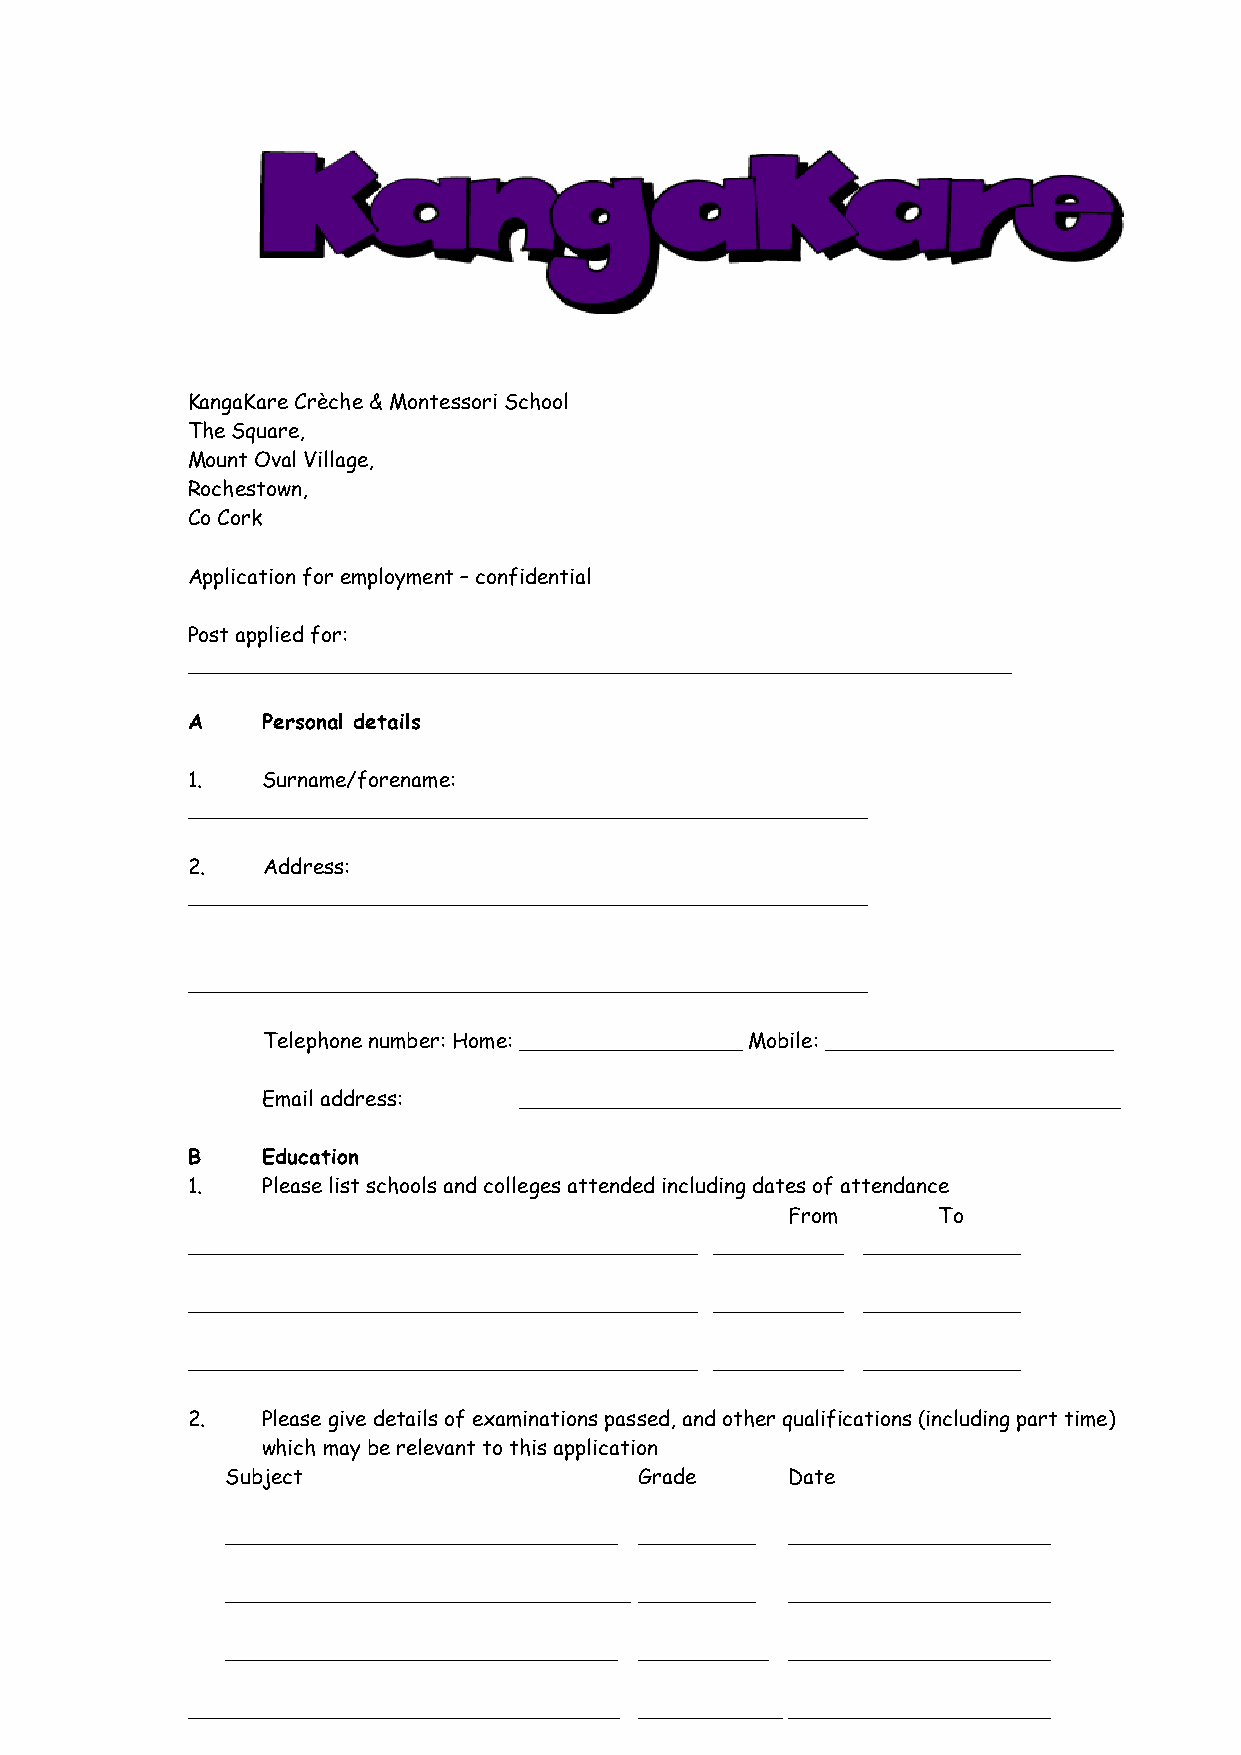
KangaKare Crèche & Montessori School
 The Square,
 Mount Oval Village,
 Rochestown,
 Co Cork
 Application for employment – confidential
 Post applied for:
 _______________________________________________________________
 A    Personal details
 1.   Surname/forename:
 ____________________________________________________
 2.   Address:
 ____________________________________________________
 ____________________________________________________
 Telephone number: Home: _________________ Mobile: ______________________
 Email address:   ______________________________________________
 B    Education
 1.   Please list schools and colleges attended including dates of attendance
 From      To
 _______________________________________ __________ ____________
 _______________________________________ __________ ____________
 _______________________________________ __________ ____________
 2.   Please give details of examinations passed, and other qualifications (including part time)
 which may be relevant to this application
 Subject                    Grade     Date
 ______________________________ _________ ____________________
 _______________________________ _________ ____________________
 ______________________________ __________ ____________________
 _________________________________ ___________ ____________________